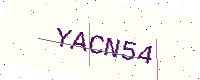
Text: YACN54